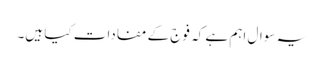
یہ سوال اہم ہے کہ فوج کے مفادات کیا ہیں۔